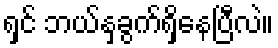
ရှင် ဘယ်နှခွက်ရှိနေပြီလဲ။